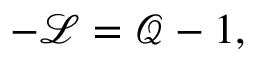
- \mathscr { L } = \mathscr { Q } - 1 ,